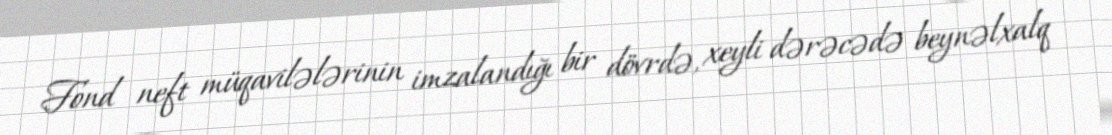
Fond neft müqavilələrinin imzalandığı bir dövrdə, xeyli dərəcədə beynəlxalq